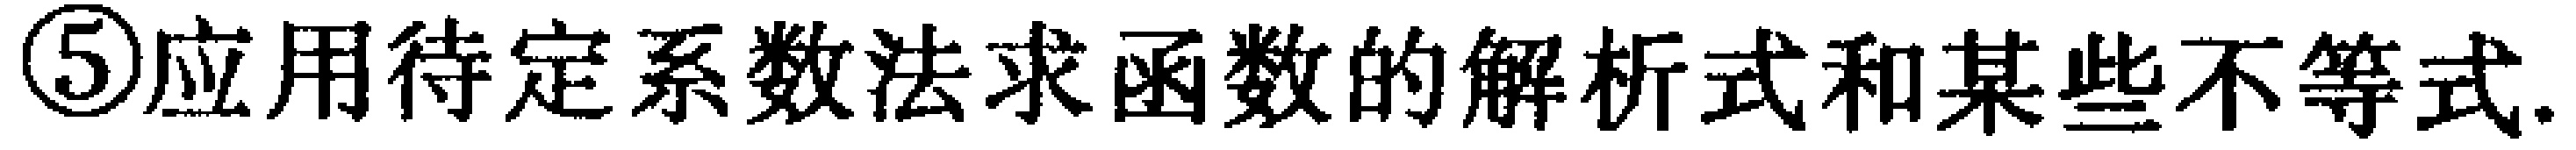
\textcircled{5}应用待定系数法求函数的解析式和某些不等式.